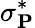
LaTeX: \mathbf{\sigma}_{\mathbf{P}}^{*}